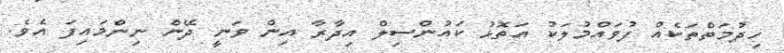
ހިދުމަތްތަކެއް ފުވައްމުލަކު އަތޮޅު ކައުންސިލް އިދާރާ އިން ވަނީ ދޭން ނިންމައިފަ އެވެ.